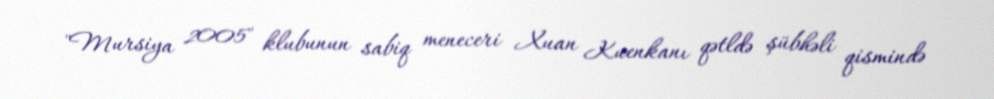
"Mursiya 2005" klubunun sabiq meneceri Xuan Kuenkanı qətldə şübhəli qismində